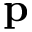
{ \bf p }